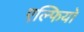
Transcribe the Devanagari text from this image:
एल्फियो